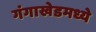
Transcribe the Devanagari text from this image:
गंगाखेडमध्ये